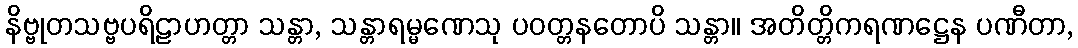
နိဗ္ဗုတသဗ္ဗပရိဠာဟတ္တာ သန္တာ, သန္တာရမ္မဏေသု ပဝတ္တနတောပိ သန္တာ။ အတိတ္တိကရဏဋ္ဌေန ပဏီတာ,